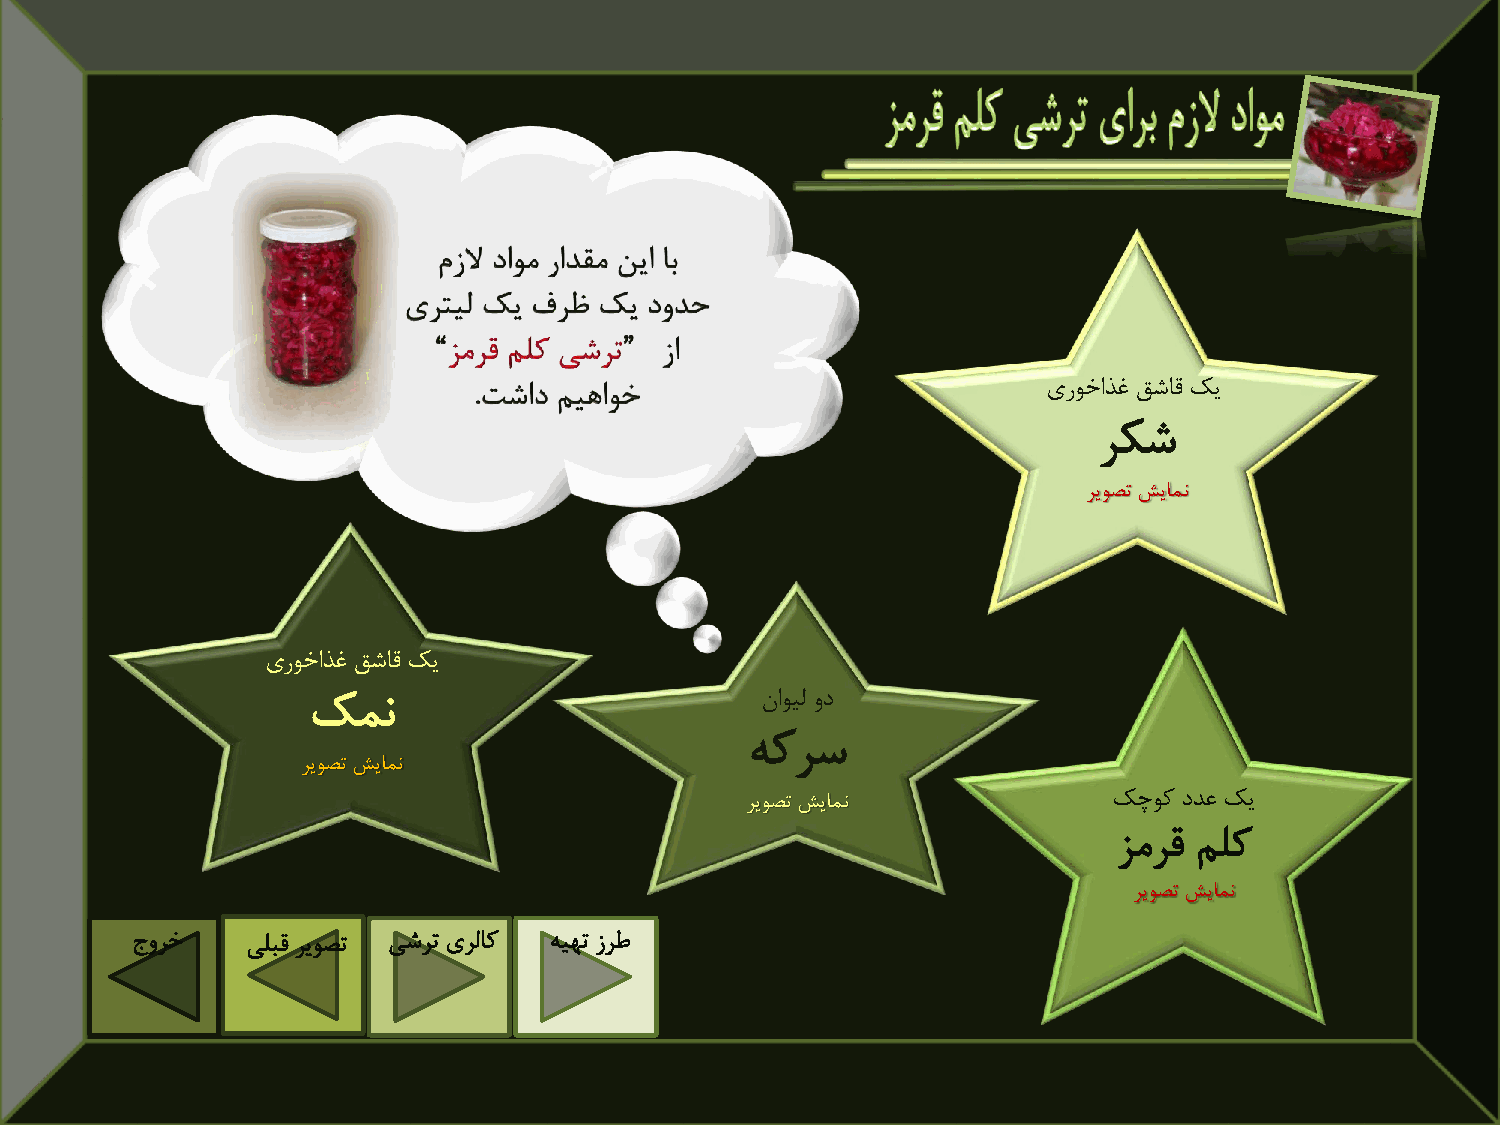
یروخاذغ قشاق کی
 رکش
 ریوصت شیامن
 یروخاذغ قشاق کی
 کمن                           ناویل ود
 هکرس
 ریوصت شیامن
 ریوصت شیامن              کچوک ددع کی
 زمرق ملک
 ریوصت شیامن
 جورخ   یلبق ریوصت یشرت یرلاک هیهت زرط